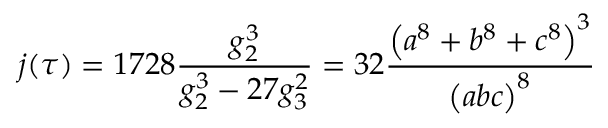
j ( \tau ) = 1 7 2 8 { \frac { g _ { 2 } ^ { 3 } } { g _ { 2 } ^ { 3 } - 2 7 g _ { 3 } ^ { 2 } } } = 3 2 { \frac { \left( a ^ { 8 } + b ^ { 8 } + c ^ { 8 } \right) ^ { 3 } } { \left( a b c \right) ^ { 8 } } }